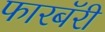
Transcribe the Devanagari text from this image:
फारबॅरी